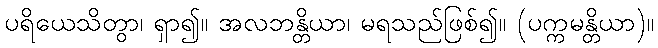
ပရိယေသိတွာ၊ ရှာ၍။ အလဘန္တိယာ၊ မရသည်ဖြစ်၍။ (ပက္ကမန္တိယာ)။